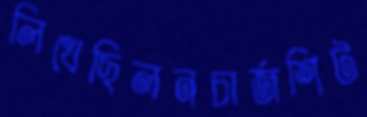
লিখেছিলনচার্জশিট